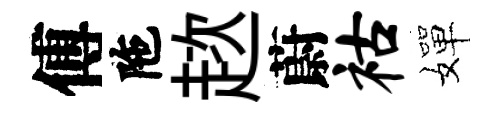
傅陁趑蔚祜嬋